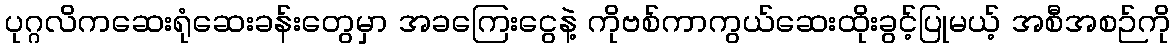
ပုဂ္ဂလိကဆေးရုံဆေးခန်းတွေမှာ အခကြေးငွေနဲ့ ကိုဗစ်ကာကွယ်ဆေးထိုးခွင့်ပြုမယ့် အစီအစဉ်ကို